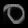
Digit: ၀